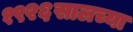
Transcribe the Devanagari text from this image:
१९२६सालच्या